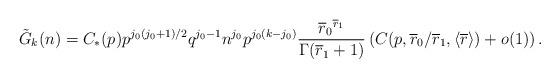
LaTeX: \begin{align*}\tilde G_k(n) = C_*(p) p^{j_0(j_0+1)/2} q^{j_0-1} n^{j_0} p^{j_0(k-j_0)} \frac{{\overline r_0}^{\overline r_1}}{\Gamma(\overline r_1+1)}\left( C(p, \overline r_0/\overline r_1, \langle \overline r \rangle) + o(1) \right).\end{align*}